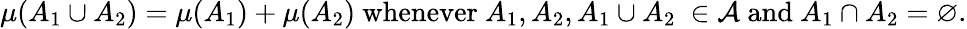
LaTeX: \mu(A_{1}\cup A_{2})=\mu(A_{1})+\mu(A_{2}){\mathrm{~whenever~}}A_{1},A_{2},A_{1}\cup A_{2}\ \in{\mathcal{A}}{\mathrm{~and~}}A_{1}\cap A_{2}=\varnothing.